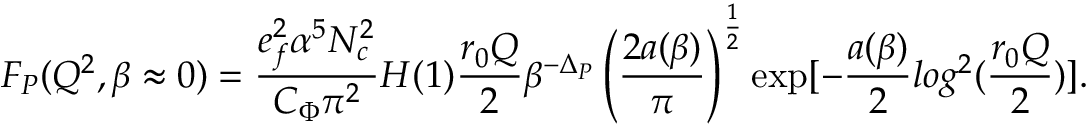
F _ { \cal P } ( Q ^ { 2 } , \beta \approx 0 ) = \frac { e _ { f } ^ { 2 } \alpha ^ { 5 } N _ { c } ^ { 2 } } { C _ { \Phi } \pi ^ { 2 } } H ( 1 ) \frac { r _ { 0 } Q } 2 \beta ^ { - \Delta _ { \cal P } } \left( \frac { 2 a ( \beta ) } { \pi } \right) ^ { \frac 1 2 } \exp [ - \frac { a ( \beta ) } 2 l o g ^ { 2 } ( \frac { r _ { 0 } Q } 2 ) ] .